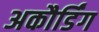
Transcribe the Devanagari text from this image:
अकौर्डिंग